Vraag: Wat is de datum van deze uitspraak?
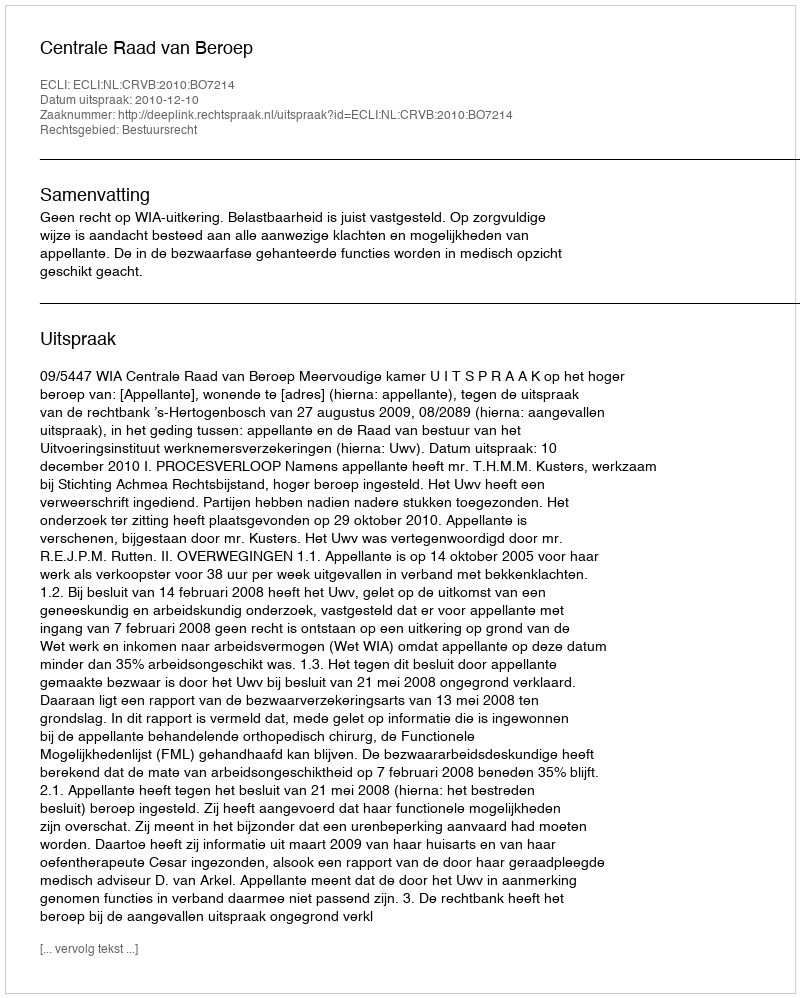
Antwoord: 2010-12-10